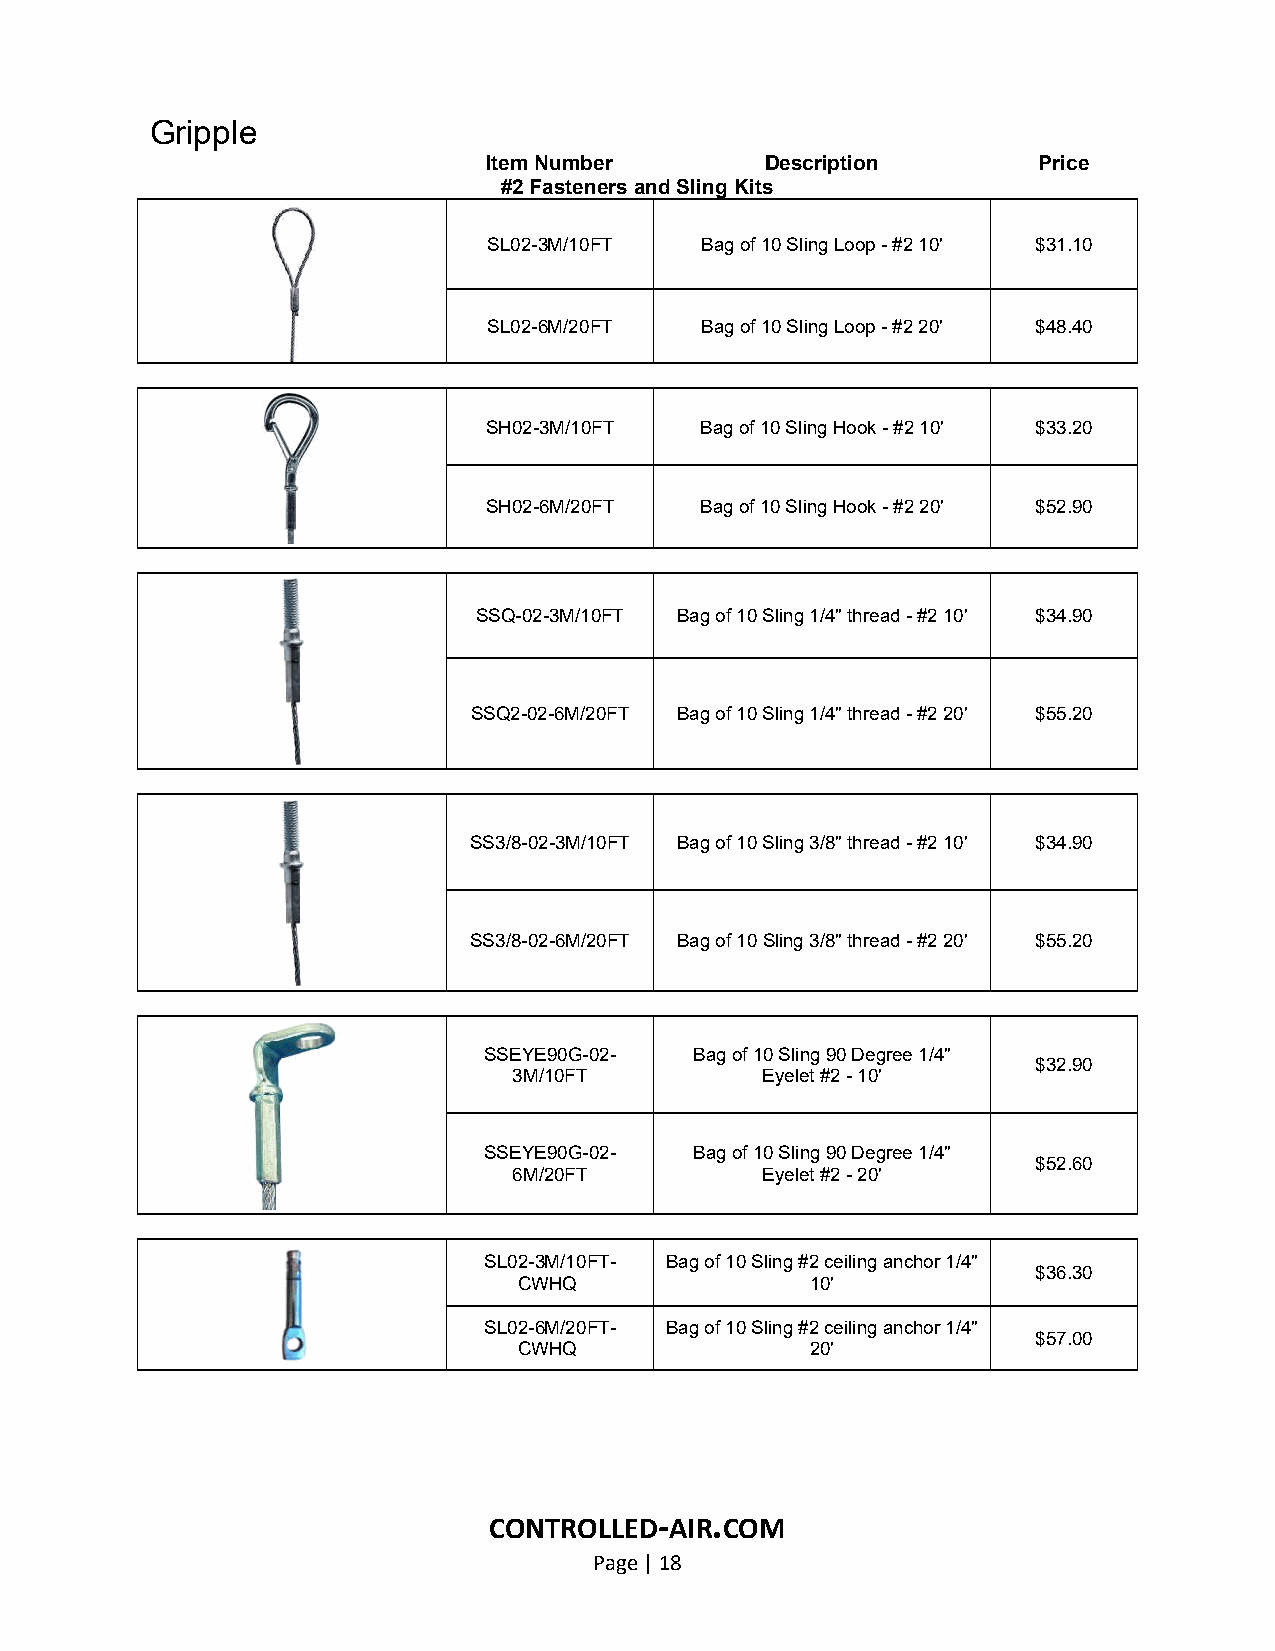
Gripple
 Item Number        Description       Price
 #2 Fasteners and Sling Kits
 SL02-3M/10FT  Bag of 10 Sling Loop - #2 10' $31.10
 SL02-6M/20FT  Bag of 10 Sling Loop - #2 20' $48.40
 SH02-3M/10FT  Bag of 10 Sling Hook - #2 10' $33.20
 SH02-6M/20FT  Bag of 10 Sling Hook - #2 20' $52.90
 SSQ-02-3M/10FT Bag of 10 Sling 1/4" thread - #2 10' $34.90
 SSQ2-02-6M/20FT Bag of 10 Sling 1/4" thread - #2 20' $55.20
 SS3/8-02-3M/10FT Bag of 10 Sling 3/8" thread - #2 10' $34.90
 SS3/8-02-6M/20FT Bag of 10 Sling 3/8" thread - #2 20' $55.20
 SSEYE90G-02-  Bag of 10 Sling 90 Degree 1/4"
 $32.90
 3M/10FT         Eyelet #2 - 10'
 SSEYE90G-02-  Bag of 10 Sling 90 Degree 1/4"
 $52.60
 6M/20FT         Eyelet #2 - 20'
 SL02-3M/10FT- Bag of 10 Sling #2 ceiling anchor 1/4"
 $36.30
 CWHQ                10'
 SL02-6M/20FT- Bag of 10 Sling #2 ceiling anchor 1/4"
 $57.00
 CWHQ                20'
 CONTROLLED-AIR.COM
 Page | 18